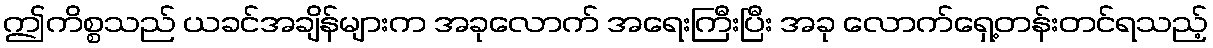
ဤကိစ္စသည် ယခင်အချိန်များက အခုလောက် အရေးကြီးပြီး အခု လောက်ရှေ့တန်းတင်ရသည့်